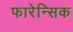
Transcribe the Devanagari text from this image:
फारेन्सिक